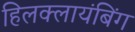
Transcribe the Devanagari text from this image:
हिलक्लायंबिंग